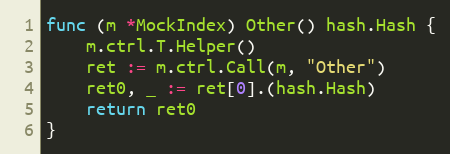
Language: Go
func (m *MockIndex) Other() hash.Hash {
	m.ctrl.T.Helper()
	ret := m.ctrl.Call(m, "Other")
	ret0, _ := ret[0].(hash.Hash)
	return ret0
}